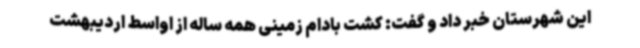
این شهرستان خبر داد و گفت: کشت بادام زمینی همه ساله از اواسط اردیبهشت